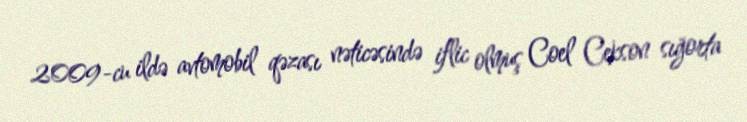
2009-cu ildə avtomobil qəzası nəticəsində iflic olmuş Coel Cekson sığorta